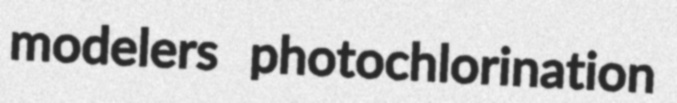
modelers photochlorination